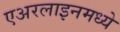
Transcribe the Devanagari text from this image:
एअरलाइनमध्ये